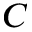
C